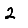
Digit: 2